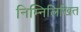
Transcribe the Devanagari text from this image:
निम्‍निलिखित